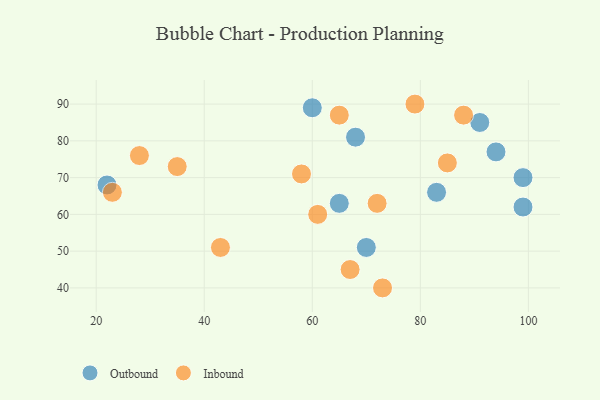
{"axis": {"x": "GDP", "y": "Life Expectancy"}, "legend": ["Inbound", "Outbound"], "data": [{"x": "22", "y": 68, "type": "Outbound"}, {"x": "70", "y": 51, "type": "Outbound"}, {"x": "91", "y": 85, "type": "Outbound"}, {"x": "68", "y": 81, "type": "Outbound"}, {"x": "83", "y": 66, "type": "Outbound"}, {"x": "99", "y": 70, "type": "Outbound"}, {"x": "99", "y": 62, "type": "Outbound"}, {"x": "94", "y": 77, "type": "Outbound"}, {"x": "65", "y": 63, "type": "Outbound"}, {"x": "60", "y": 89, "type": "Outbound"}, {"x": "28", "y": 76, "type": "Inbound"}, {"x": "79", "y": 90, "type": "Inbound"}, {"x": "65", "y": 87, "type": "Inbound"}, {"x": "85", "y": 74, "type": "Inbound"}, {"x": "67", "y": 45, "type": "Inbound"}, {"x": "58", "y": 71, "type": "Inbound"}, {"x": "73", "y": 40, "type": "Inbound"}, {"x": "88", "y": 87, "type": "Inbound"}, {"x": "35", "y": 73, "type": "Inbound"}, {"x": "23", "y": 66, "type": "Inbound"}, {"x": "72", "y": 63, "type": "Inbound"}, {"x": "61", "y": 60, "type": "Inbound"}, {"x": "43", "y": 51, "type": "Inbound"}]}